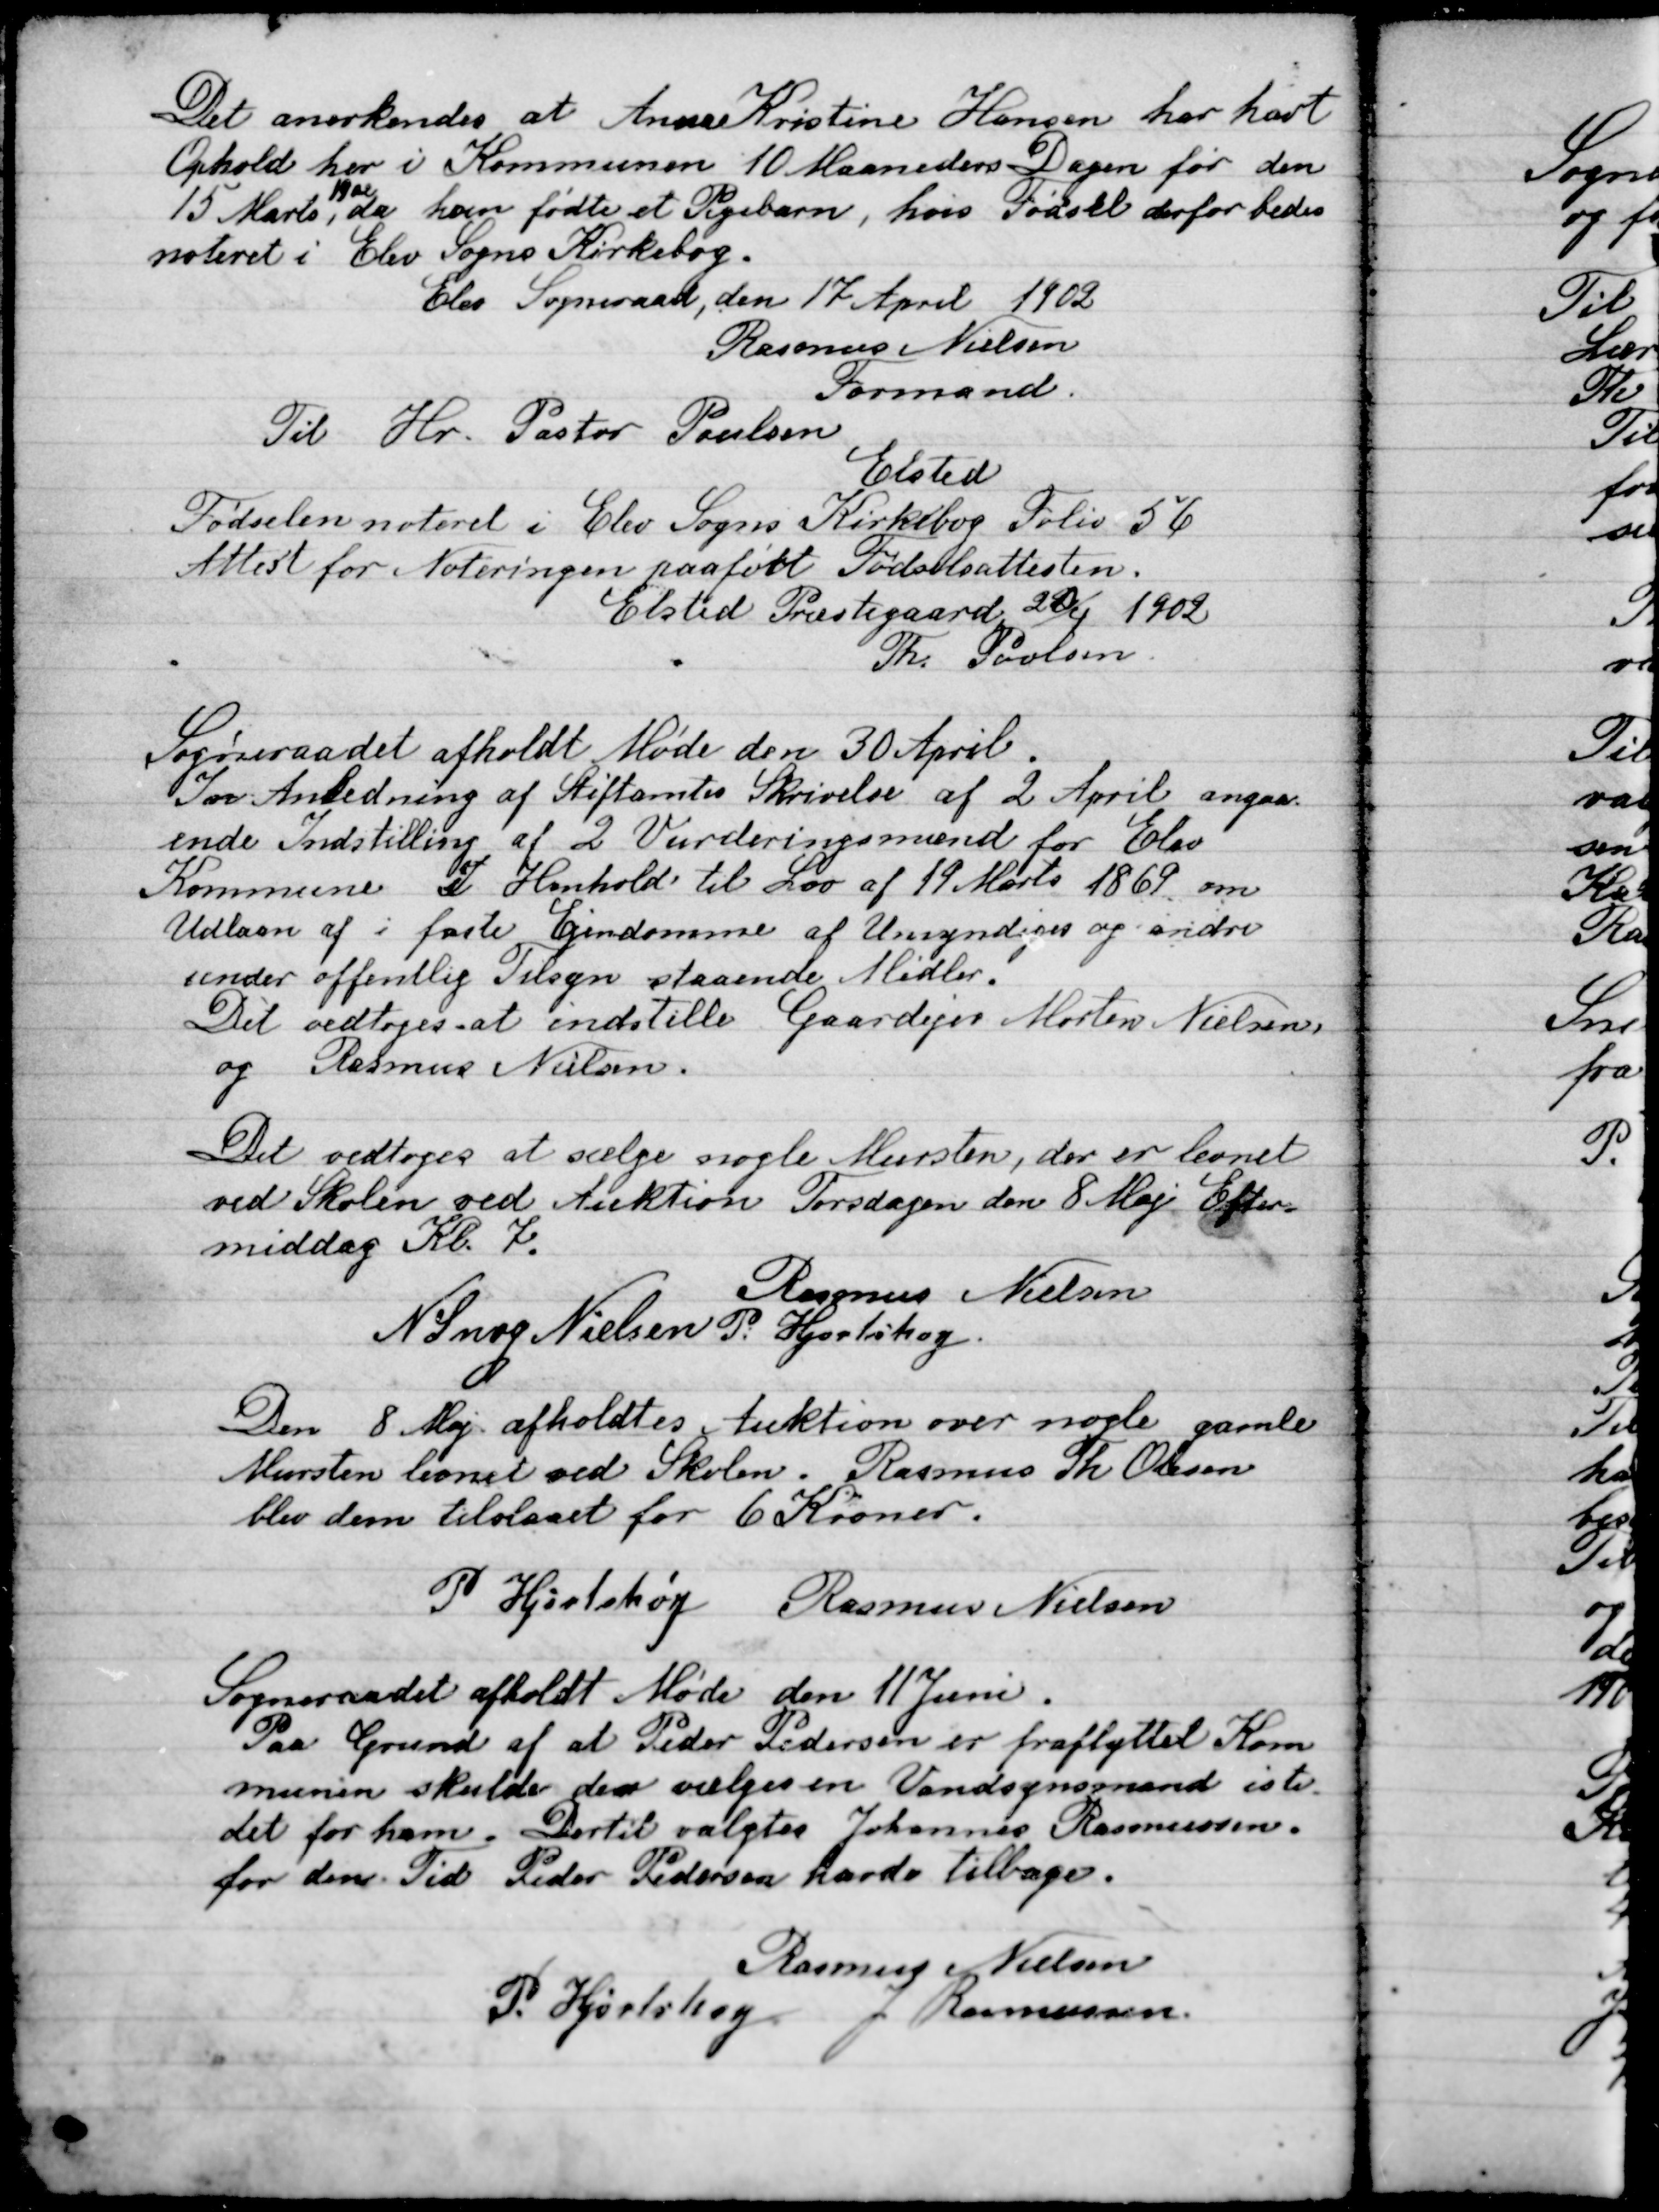
Transskription:
Det anerkendes at Anne Kristine Hansen har havt
Ophold her i Kommunen 10 Maaaneders Dagen før den
15 Marts
1902
, da hun fødte et Pigebarn, hvis fødsel derfor bedes
noteret i Elev Sognes Kirkebog.
Elev Sogneraad, den 17 april 1902
Rasmus Nielsen
Formand
Til Hr. Pastor Poulsen

Elsted
Fødslen noteret i Elev Sogns Kirkebog Folie 56
Attest for noteringen paafødt Fødselsattesten.
Elsted Præstegaard 20 / 1 1902
Th. Poulsen

Sogneraadet afholdt Møde den 30 April.
I an Anledning af Stiftsamtets Skrivelse af 2 April angaa-
ende Indstilling af 2 Vurderingsmænd for Elev
Kommune I henhold til Lov af 19 Marts 1869 om
Udlaan af i faste Ejendomme af Umyndige og siden
Under offentlig Tilsyn staaende Midler!
Det vedtoges at indstille Gaardejer Morten Nielsen
og Rasmus Nielsen.
Det vedtoges at sælge nogle Mursten, der er lænet
ved Skolen ved Auktion Torsdagen den 8 Maj efter-
middag Kl. 7.

Rasmus Nielsen
N. Snog Nielsen
P. Hjortshøj.

Den 8 Maj afholdtes Auktion over nogle gamle
Mursten lænet ved skolen. Rasmus Th. Olsen
blev den tilstaaet for 6 Kroner.

P. Hjortshøj
Rasmus Nielsen

Sogneraadet afholdt Møde den 11 Juni.
Paa Grund af at Peder Pedersen er fraflyttet Kom-
munen skulde der vælges en vandsynsmand i ste-
det for ham. Dertil valgtes Johannes Rasmussen.
 for den Tid Peder Pedersen havde tilbage.

Rasmus Nielsen
P. Hjortshøj
J. Rasmussen